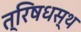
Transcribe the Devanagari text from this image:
त्रिषधस्थ